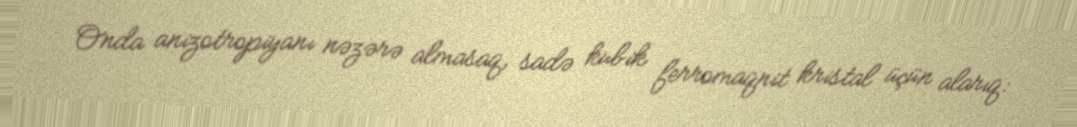
Onda anizotropiyanı nəzərə almasaq, sadə kubik ferromaqnit kristal üçün alarıq: